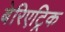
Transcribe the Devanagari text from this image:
बेरिएट्रिक